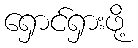
ရှောင်ရှားဖို့